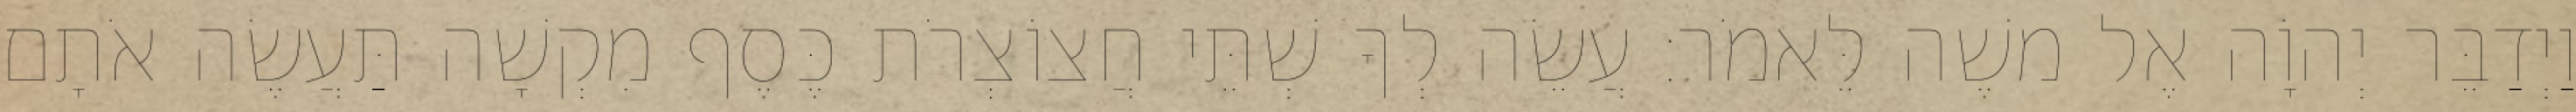
וַיְדַבֵּר יְהוָֹה אֶל משֶׁה לֵּאמֹר׃ עֲשֵׂה לְךָ שְׁתֵּי חֲצוֹצְרֹת כֶּסֶף מִקְשָׁה תַּעֲשֶׂה אֹתָם